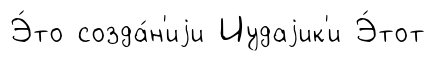
Э́то созда́н'иjи Иудаjик'и Э́тот